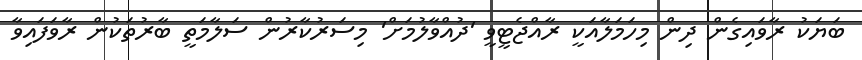
ބަޔަކު ރާވައިގެން ދިން މިހަމަލާއަކީ ރާއްޖެޓީވީ 'ދުއްވާލުމަށް' މިސަރުކާރުން ސަލާމަތީ ބާރުތަކުން ރާވަފައިވާ